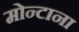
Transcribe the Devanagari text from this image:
मोन्‍टाना